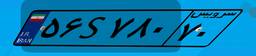
۶۹S۰۵۰۹۲